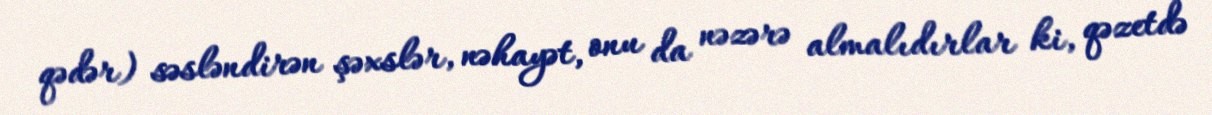
qədər) səsləndirən şəxslər, nəhayət, onu da nəzərə almalıdırlar ki, qəzetdə